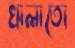
খালাতো